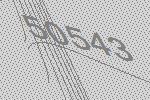
50543